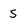
Character: S